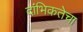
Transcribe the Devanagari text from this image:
दांभिकतेचा